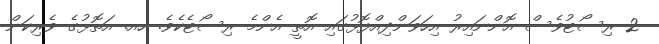
2 ރިސޯޓުވެސް އޮންނައިރު އިހަވަންދިއްފޮޅުގައި އޮތީ އެންމެ ރިސޯޓެކެވެ. ހއ. އަތޮޅުގެ ވެރިކަން